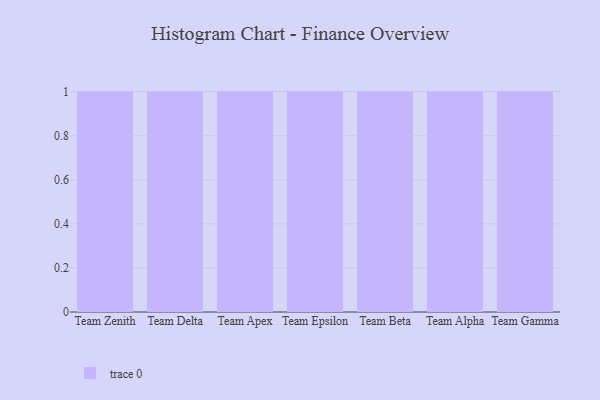
{"axis": {"x": "Team", "y": "Demand Index"}, "legend": [""], "data": [{"x": "Team Zenith", "y": 28, "type": ""}, {"x": "Team Delta", "y": 10, "type": ""}, {"x": "Team Apex", "y": 80, "type": ""}, {"x": "Team Epsilon", "y": 15, "type": ""}, {"x": "Team Beta", "y": 12, "type": ""}, {"x": "Team Alpha", "y": 19, "type": ""}, {"x": "Team Gamma", "y": 94, "type": ""}]}